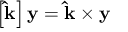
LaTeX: \left[ \mathbf { \hat { k } } \right] \mathbf { y } = \mathbf { \hat { k } } \times \mathbf { y }